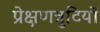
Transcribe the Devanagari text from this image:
प्रेक्षणत्रुटियों